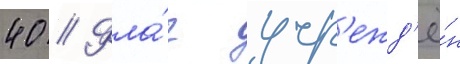
40 // Фла́г учр'ежд'ё́н